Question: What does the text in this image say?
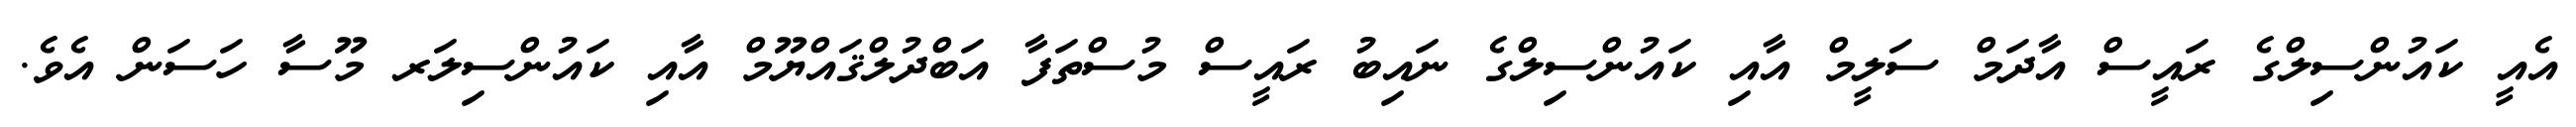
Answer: އެއީ ކައުންސިލްގެ ރައީސް އާދަމް ސަލީމް އާއި ކައުންސިލްގެ ނައިބު ރައީސް މުސްތަފާ އަބްދުލްޤައްޔޫމް އާއި ކައުންސިލަރ މޫސާ ހަސަން އެވެ.